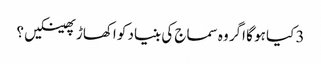
3 کیا ہو گا اگر وہ سماج کی بنیاد کو اکھاڑ پھینکیں ؟